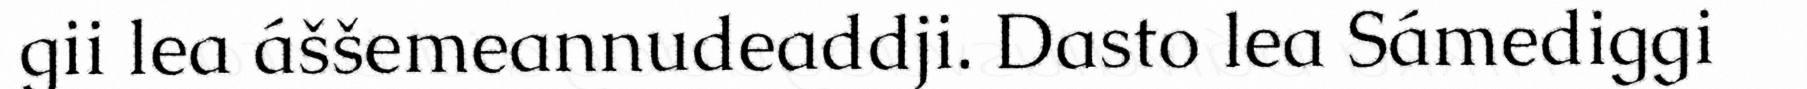
gii lea áššemeannudeaddji. Dasto lea Sámediggi